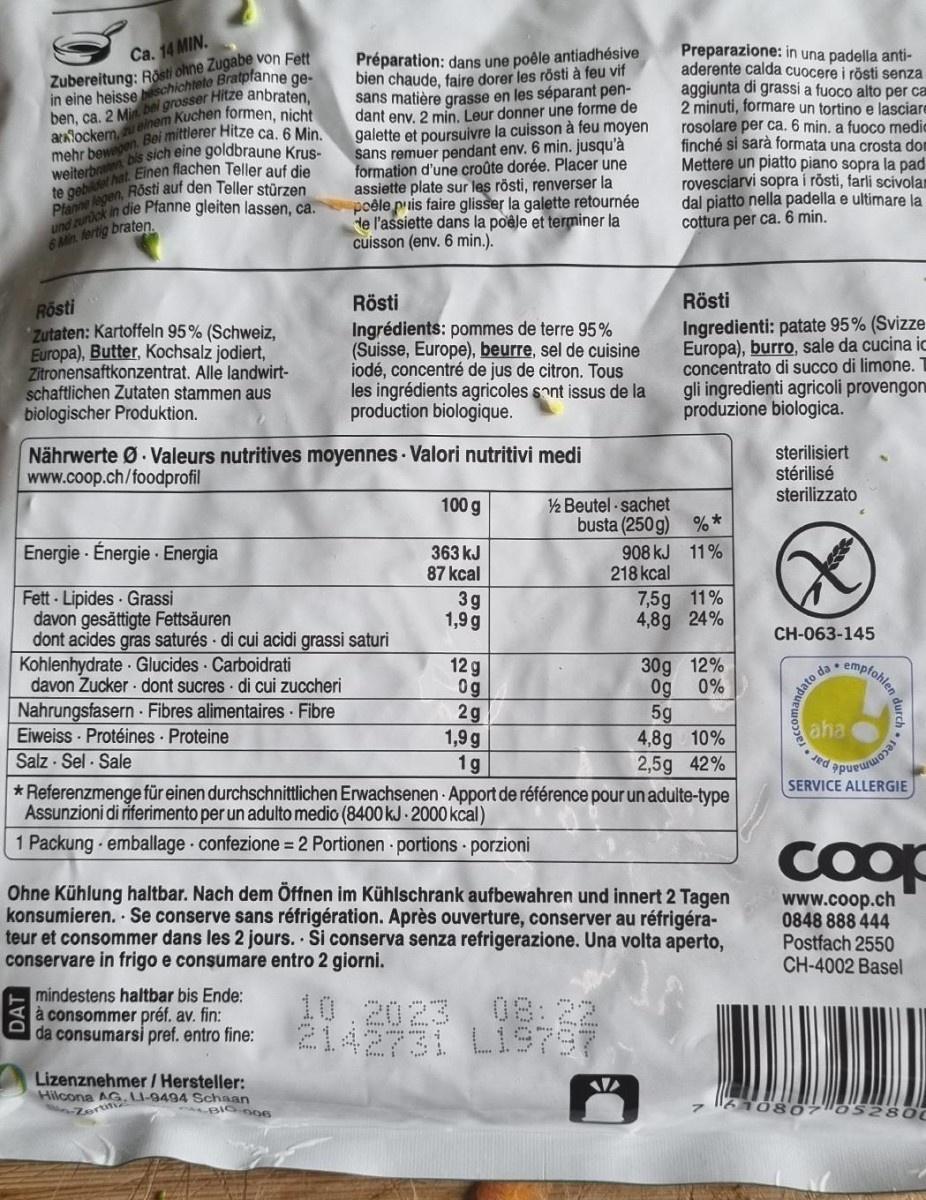
Ca. 14 MIN. Zubereitung: Rästi ohne Zugabe von Fett in eine heisse schichtete Bratpfanne ge- ben, ca. 2 Min. bel grosser Hitze anbraten. Bei mittlerer Hitze ca, 6 Min.
Préparation: dans une poêle antiadhésive bien chaude, faire dorer les rösti à feu vif sans matière grasse en les séparant pen- dant env. 2 min, Leur donner une forme de galette et poursuivre la cuisson à feu moyen sans remuer pendant env. 6 min. jusqu'à formation d'une croûte dorée. Placer une assiette plate sur les rösti, renverser la poêle puis faire glisser la galette retournée de l'assiette dans la poêle et terminer la cuisson (env. 6 min.).
Preparazione: in una padella anti- aderente calda cuocere i rõsti senza aggiunta di grassi a fuoco alto per ca 2 minuti, formare un tortino e lasciare rosolare per ca. 6 min. a fuoco medic finché si sarà formata una crosta don Mettere un piatto piano sopra la pad rovesciarvi sopra i rösti, farli scivolar dal piatto nella padella e ultimare la cottura per ca. 6 min.
anlockem,einem Kuchen formen, nieh bewbis sich eine goldbraune Krus-
weiterbra
6 Min. lertig braten.
Rösti Ingredienti: patate 95% (Svizze Europa), burro, sale da cucina ic concentrato di succo di limone. gli ingredienti agricoli provengon produzione biologica.
Rösti
Rösti Zutaten: Kartoffeln 95% (Schweiz, Europa), Butter, Kochsalz jodiert, Zitronensaftkonzentrat. Alle landwirt- schaftlichen Zutaten stammen aus biologischer Produktion.
Ingrédients: pommes de terre 95% (Suisse, Europe), beurre, sel de cuisine iodé, concentré de jus de citron. Tous les ingrédients agricoles sont issus de la production biologique.
Nährwerte Ø. Valeurs nutritives moyennes · Valori nutritivi medi www.coop.ch/foodprofil
sterilisiert stérilisé sterilizzato
2 Beutel - sachet busta (250 g) % * 908 kJ 11% 218 kcal
100 g
Energie · Énergie Energia
363 kJ 87 kcal
7,5g 11% 4,8g 24%
Fett Lipides Grassi davon gesättigte Fettsäuren dont acides gras saturés · di cui acidi grassi saturi Kohlenhydrate · Glucides Carboidrati davon Zucker dont sucres di cui zuccheri Nahrungsfasern Fibres alimentaires Fibre Eiweiss - Protéines Proteine Salz - Sel · Sale
3g 1,9 g
CH-063-145
30g 12% 0%
empfohlen
12 g 0g 2g 1,9 g 1g
da .
0g 5g 4,8g 10% 2,5g 42% * Referenzmenge für einen durchschnittlichen Erwachsenen Apport de référence pour un adulte-type
aha
recommand
SERVICE ALLERGIE
Assunzioni di riferimento per un adulto medio (8400 kJ 2000 kcal)
1 Packung emballage confezione = 2 Portionen portions porzioni
Coop
Ohne Kühlung haltbar. Nach dem Öffnen im Kühlschrank aufbewahren und innert 2 Tagen konsumieren. Se conserve sans réfrigération. Après ouverture, conserver au réfrigéra- teur et consommer dans les 2 jours. Si conserva senza refrigerazione. Una volta aperto, conservare in frigo e consumare entro 2 giorni.
www.coop.ch 0848 888 444 Postfach 2550 CH-4002 Basel
mindestens haltbar bis Ende: à consommer préf. av. fin: da consumarsi pref. entro fine:
10.2023 08:22 2142731 LI9797
.
Lizenznehmer/ Hersteller: Hilcona AG.LI-9494 Schaan LBIO 006
Zortitiz
0807 o52800
DAT
andato